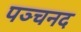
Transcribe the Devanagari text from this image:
पञ्चनद